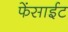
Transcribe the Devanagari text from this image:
फेंसाईट